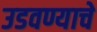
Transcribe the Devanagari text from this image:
उडवण्याचे